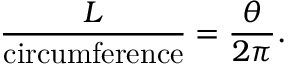
{ \frac { L } { \mathrm { c i r c u m f e r e n c e } } } = { \frac { \theta } { 2 \pi } } .